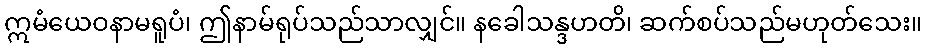
ဣမံယေဝနာမရူပံ၊ ဤနာမ်ရုပ်သည်သာလျှင်။ နခေါသန္ဒဟတိ၊ ဆက်စပ်သည်မဟုတ်သေး။